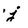
Character: j